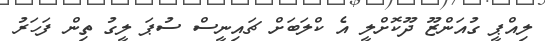
ލިއްޕީ ގުއަންޒޫ ދޫކޮށްލީ އެ ކްލަބަށް ޗައިނީސް ސުޕަ ލީގު ތިން ފަހަރު